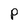
Character: p